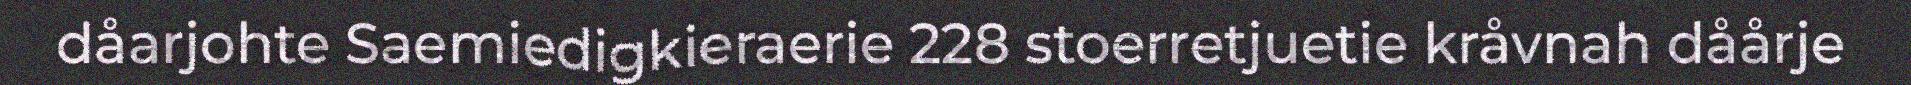
dåarjohte Saemiedigkieraerie 228 stoerretjuetie kråvnah dåårje